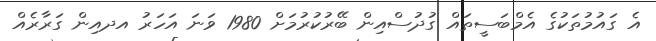
އެ ގައުމުތަކުގެ އެމްބަސީތައް ގުދުސްއިން ބޭރުކުރުމަށް 1980 ވަނަ އަހަރު އދއިން ގަރާރެއް